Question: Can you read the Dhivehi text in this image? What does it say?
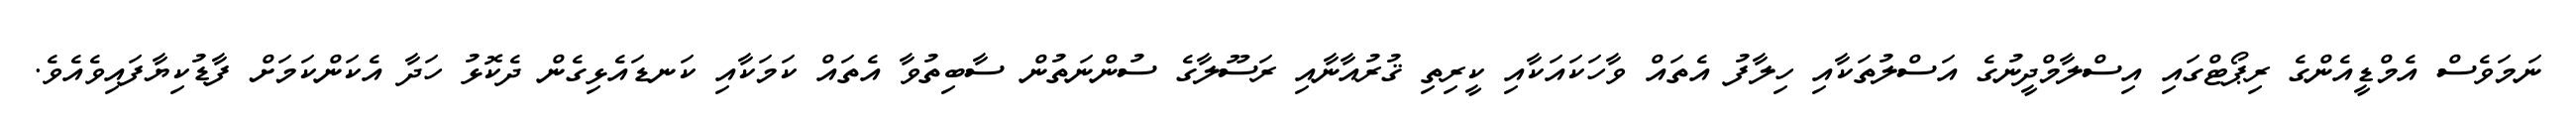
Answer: ނަމަވެސް އެމްޑީއެންގެ ރިޕޯޓްގައި އިސްލާމްދީނުގެ އަސްލުތަކާއި ހިލާފު އެތައް ވާހަކައަކާއި ކީރިތި ޤުރުއާނާއި ރަސޫލާގެ ސުންނަތުން ސާބިތުވާ އެތައް ކަމަކާއި ކަނޑައެޅިގެން ދެކޮޅު ހަދާ އެކަންކަމަށް ފާޑުކިޔާފައިވެއެވެ.